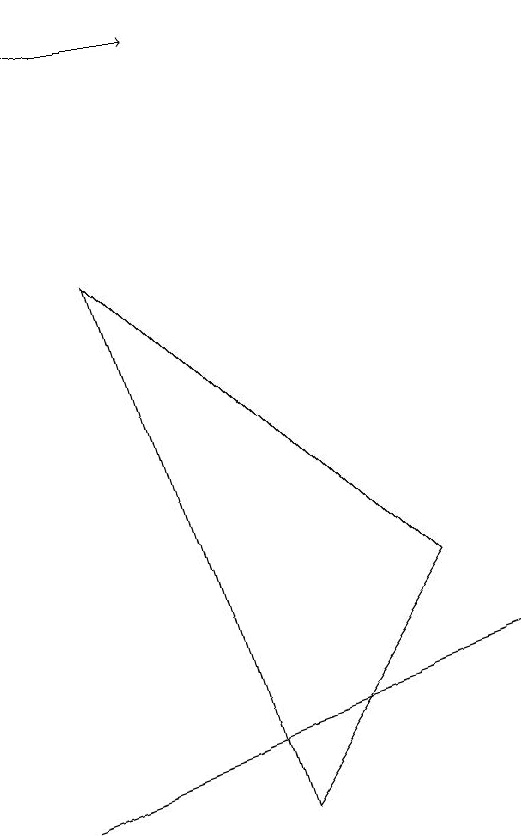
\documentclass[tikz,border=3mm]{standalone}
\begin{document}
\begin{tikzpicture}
\draw (3,2) -- (3,2) -- (9,4) -- cycle;
\draw[->] (3,12) -- (5,12);
\draw (4,9) -- (8,5) -- (6,2) -- cycle;
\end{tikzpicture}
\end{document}